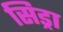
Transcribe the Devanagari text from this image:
सिड्रा